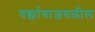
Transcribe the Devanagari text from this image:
वर्झावाजवळील